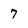
Character: 7